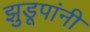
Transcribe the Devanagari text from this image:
झुडूपांनी